Civil Veterinary Department. Madras. Admin. report 1910-25 - 1910-1925
Year: 1910
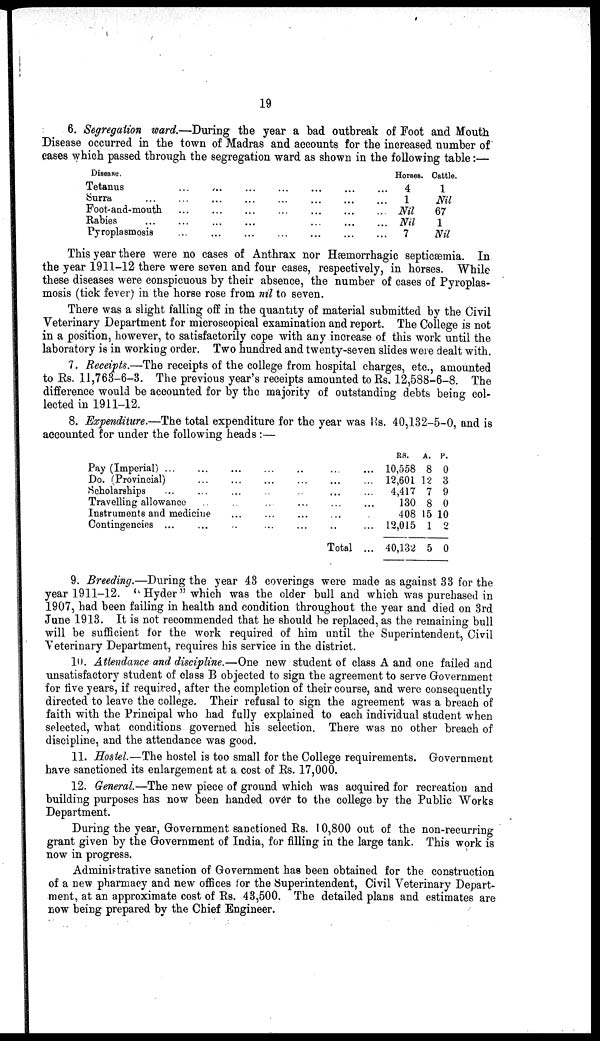
19
6. Segregation ward.—During the year a bad outbreak of Foot and Mouth
Disease occurred in the town of Madras and accounts for the increased number of
cases which passed through the segregation ward as shown in the following table:—
Disease.
Tetanus ... ... ... ... ... ...
Surra ... ... ... ... ... ... ...
Foot-and-mouth
...
... ... ... ... ...
Rabies ... ... ... ... ... ... ...
Pyroplasmosis
...
...
...
...
...
Horses.
4
1
Nil
Nil
7
Cattle.
1
Nil
67
1
Nil
This year there were no cases of Anthrax nor Hæmorrhagic septicæmia. In
the year 1911-12 there were seven and four cases, respectively, in horses. While
these diseases were conspicuous by their absence, the number of cases of Pyroplas-
mosis (tick fever) in the horse rose from nil to seven.
There was a slight falling off in the quantity of material submitted by the Civil
Veterinary Department for microscopical examination and report. The College is not
in a position, however, to satisfactorily cope with any increase of this work until the
laboratory is in working order. Two hundred and twenty-seven slides were dealt with.
7. Receipts.—The receipts of the college from hospital charges, etc., amounted
to Rs. 11,763-6-3. The previous year's receipts amounted to Rs. 12,588-6-8. The
difference would be accounted for by the majority of outstanding debts being col-
lected in 1911-12.
8. Expenditure.—The total expenditure for the year was Rs. 40,132-5-0, and is
accounted for under the following heads :—
Pay (Imperial) ... ... ... ... ... ... ...
Do. (Provincial)
...
...
...
....
..
...
...
Scholarships
...
...
...
...
...
...
... ...
Travelling allowance
...
..
...
...
...
...
...
Instruments and medicine
...
...
...
...
...
Contingencies ... ... ... ... ... ... ... ...
Total ...
Rs.
10,558
12,601
4,417
130
408
12,015
40,132
A.
8
12
7
8
15
1
5
P.
0
3
9
0
10
2
0
9. Breeding.—During the year 43 coverings were made as against 33 for the
year 1911-12. "Hyder" which was the older bull and which was purchased in
1907, had been failing in health and condition throughout the year and died on 3rd
June 1913. It is not recommended that he should be replaced, as the remaining bull
will be sufficient for the work required of him until the Superintendent, Civil
Veterinary Department, requires his service in the district.
10. Attendance and discipline.—One new student of class A and one failed and
unsatisfactory student of class B objected to sign the agreement to serve Government
for five years, if required, after the completion of their course, and were consequently
directed to leave the college. Their refusal to sign the agreement was a breach of
faith with the Principal who had fully explained to each individual student when
selected, what conditions governed his selection. There was no other breach of
discipline, and the attendance was good.
11. Hostel.—The hostel is too small for the College requirements. Government
have sanctioned its enlargement at a cost of Rs. 17,000.
12. General.—The new piece of ground which was acquired for recreation and
building purposes has now been handed over to the college by the Public Works
Department.
During the year, Government sanctioned Rs. 10,800 out of the non-recurring
grant given by the Government of India, for filling in the large tank. This work is
now in progress.
Administrative sanction of Government has been obtained for the construction
of a new pharmacy and new offices for the Superintendent, Civil Veterinary Depart-
ment, at an approximate cost of Rs. 43,500. The detailed plans and estimates are
now being prepared by the Chief Engineer.